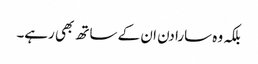
بلکہ وہ سارا دن ان کے ساتھ بھی رہے۔